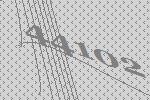
44102